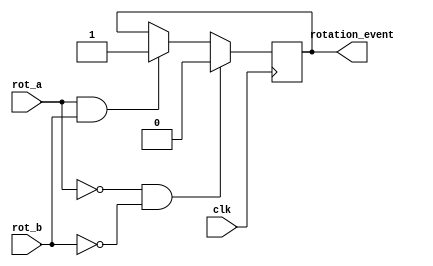
`timescale 1ns / 1ps
//////////////////////////////////////////////////////////////////////////////////
// Company: 
// Engineer: 
// 
// Design Name: 
// Module Name:    rot_detect 
// Project Name: 
// Target Devices: 
// Tool versions: 
// Description: 
//
// Dependencies: 
//
// Revision: 
// Revision 0.01 - File Created
// Additional Comments: 
//
//////////////////////////////////////////////////////////////////////////////////
module rot_detect(clk, rot_a, rot_b, rotation_event);
	input clk;
	input rot_a;
	input rot_b;
	
	output rotation_event;
	reg rotation_event;
	
	always @(posedge clk) begin
		if (rot_a == 1 && rot_b == 1) begin
			rotation_event <= 1;
		end
		if (rot_a == 0 && rot_b == 0) begin
			rotation_event <= 0;
		end	
	end

endmodule